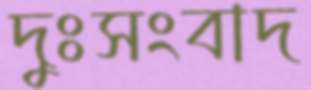
দুঃসংবাদ